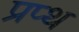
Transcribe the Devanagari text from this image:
प्रप्थ